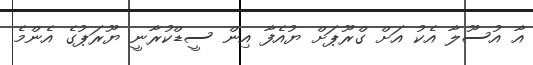
އާ އުސޫލާ އެކު އަށް ގްރޫޕަށް ޔުއެފާ އިން ސީޑްކުރާނީ ޔޫރަޕުގެ އެންމެ